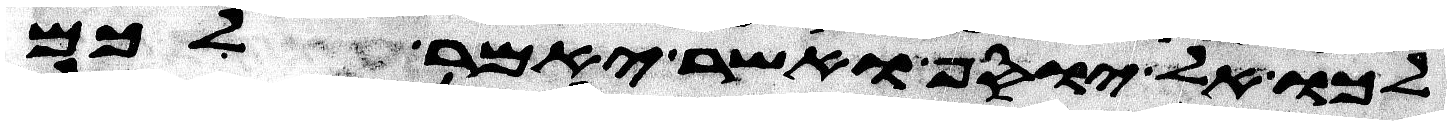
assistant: לכו אל יוסף ואשר יאמר לכם